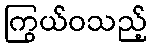
ကြွယ်ဝသည့်